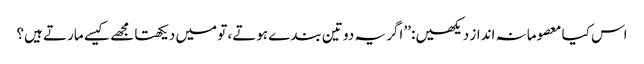
اس کیا معصومانہ انداز دیکھیں: ’’اگر یہ دو تین بندے ہوتے، تو میں دیکھتا مجھے کیسے مارتے ہیں؟